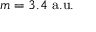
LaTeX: m = 3 . 4 ~ { \mathrm { a . u . } }